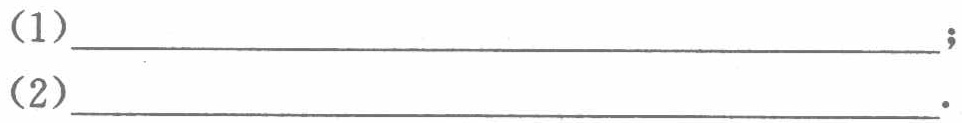
(1)\_\_\_\_\_\_\_\_\_\_\_\_\_\_\_\_\_\_\_\_\_\_\_\_\_\_\_\_\_\_\_\_\_\_\_\_\_\_\_\_\_\_\_\_\_\_\_\_\_\_\_\_\_\_\_\_\_\_\_\_\_\_\_\_\_\_\_\_\_\_\_\_\_\_\_\_\_\_\_\_\_\_\_\_\_\_\_\_\_\_\_\_\_\_\_\_\_\_\_\_\_\_\_\_\_\_\_\_\_\_\_\_\_\_\_\_\_\_\_\_\_\_\_\_\_\_\_\_\_\_\_\_\_\_\_\_\_\_\_\_\_\_\_\_\_\_\_\_\_\_\_\_\_\_\_\_\_\_\_\_\_\_\_\_\_\_\_\_\_\_\_\_\_\_\_\_\_\_\_\_\_\_\_\_\_\_\_\_\_\_\_\_\_\_\_\_\_\_\_\_\_\_\_\_\_\_\_\_\_\_\_\_\_\_\_\_\_\_\_\_\_\_\_\_\_\_\_\_\_\_\_\_\_\_\_\_\_\_\_\_\_\_\_\_\_\_\_\_\_\_\_\_\_\_\_\_\_\_\_\_\_\_\_\_\_\_\_\_\_\_\_\_\_\_\_\_\_\_\_\_\_\_\_\_\_\_\_\_\_\_\_\_\_\_\_\_\_\_\_\_\_\_\_\_\_\_\_\_\_\_\_\_\_\_\_\_\_\_\_\_\_\_\_\_\_\_\_\_\_\_\_\_\_\_\_\_\_\_\_\_\_\_\_\_\_\_\_\_\_\_\_\_\_\_\_\_\_\_\_\_\_\_\_\_\_\_\_\_\_\_\_\_\_\_\_\_\_\_\_\_\_\_\_\_\_\_\_\_\_\_\_\_\_\_\_\_\_\_\_\_\_\_\_\_\_\_\_\_\_\_\_\_\_\_\_\_\_\_\_\_\_\_\_\_\_\_\_\_\_\_\_\_\_\_\_\_\_\_\_\_\_\_\_\_\_\_\_\_\_\_\_\_\_\_\_\_\_\_\_\_\_\_\_\_\_\_\_\_\_\_\_\_\_\_\_\_\_\_\_\_\_\_\_\_\_\_\_\_\_\_\_\_\_\_\_\_\_\_\_\_\_\_\_\_\_\_\_\_\_\_\_\_\_\_\_\_\_\_\_\_\_\_\_\_\_\_\_\_\_\_\_\_\_\_\_\_\_\_\_\_\_\_\_\_\_\_\_\_\_\_\_\_\_\_\_\_\_\_\_\_\_\_\_\_\_\_\_\_\_\_\_\_\_\_\_\_\_\_\_\_\_\_\_\_\_\_\_\_\_\_\_\_\_\_\_\_\_\_\_\_\_\_\_\_\_\_\_\_\_\_\_\_\_\_\_\_\_\_\_\_\_\_\_\_\_\_\_\_\_\_\_\_\_\_\_\_\_\_\_\_\_\_\_\_\_\_\_\_\_\_\_\_\_\_\_\_\_\_\_\_\_\_\_\_\_\_\_\_\_\_\_\_\_\_\_\_\_\_\_\_\_\_\_\_\_\_\_\_\_\_\_\_\_\_\_\_\_\_\_\_\_\_\_\_\_\_\_\_\_\_\_\_\_\_\_\_\_\_\_\_\_\_\_\_\_\_\_\_\_\_\_\_\_\_\_\_\_\_\_\_\_\_\_\_\_\_\_\_\_\_\_\_\_\_\_\_\_\_\_\_\_\_\_\_\_\_\_\_\_\_\_\_\_\_\_\_\_\_\_\_\_\_\_\_\_\_\_\_\_\_\_\_\_\_\_\_\_\_\_\_\_\_\_\_\_\_\_\_\_\_\_\_\_\_\_\_\_\_\_\_\_\_\_\_\_\_\_\_\_\_\_\_\_\_\_\_\_\_\_\_\_\_\_\_\_\_\_\_\_\_\_\_\_\_\_\_\_\_\_\_\_\_\_\_\_\_\_\_\_\_\_\_\_\_\_\_\_\_\_\_\_\_\_\_\_\_\_\_\_\_\_\_\_\_\_\_\_\_\_\_\_\_\_\_\_\_\_\_\_\_\_\_\_\_\_\_\_\_\_\_\_\_\_\_\_\_\_\_\_\_\_\_\_\_\_\_\_\_\_\_\_\_\_\_\_\_\_\_\_\_\_\_\_\_\_\_\_\_\_\_\_\_\_\_\_\_\_\_\_\_\_\_\_\_\_\_\_\_\_\_\_\_\_\_\_\_\_\_\_\_\_\_\_\_\_\_\_\_\_\_\_\_\_\_\_\_\_\_\_\_\_\_\_\_\_\_\_\_\_\_\_\_\_\_\_\_\_\_\_\_\_\_\_\_\_\_\_\_\_\_\_\_\_\_\_\_\_\_\_\_\_\_\_\_\_\_\_\_\_\_\_\_\_\_\_\_\_\_\_\_\_\_\_\_\_\_\_\_\_\_\_\_\_\_\_\_\_\_\_\_\_\_\_\_\_\_\_\_\_\_\_\_\_\_\_\_\_\_\_\_\_\_\_\_\_\_\_\_\_\_\_\_\_\_\_\_\_\_\_\_\_\_\_\_\_\_\_\_\_\_\_\_\_\_\_\_\_\_\_\_\_\_\_\_\_\_\_\_\_\_\_\_\_\_\_\_\_\_\_\_\_\_\_\_\_\_\_\_\_\_\_\_\_\_\_\_\_\_\_\_\_\_\_\_\_\_\_\_\_\_\_\_\_\_\_\_\_\_\_\_\_\_\_\_\_\_\_\_\_\_\_\_\_\_\_\_\_\_\_\_\_\_\_\_\_\_\_\_\_\_\_\_\_\_\_\_\_\_\_\_\_\_\_\_\_\_\_\_\_\_\_\_\_\_\_\_\_\_\_\_\_\_\_\_\_\_\_\_\_\_\_\_\_\_\_\_\_\_\_\_\_\_\_\_\_\_\_\_\_\_\_\_\_\_\_\_\_\_\_\_\_\_\_\_\_\_\_\_\_\_\_\_\_\_\_\_\_\_\_\_\_\_\_\_\_\_\_\_\_\_\_\_\_\_\_\_\_\_\_\_\_\_\_\_\_\_\_\_\_\_\_\_\_\_\_\_\_\_\_\_\_\_\_\_\_\_\_\_\_\_\_\_\_\_\_\_\_\_\_\_\_\_\_\_\_\_\_\_\_\_\_\_\_\_\_\_\_\_\_\_\_\_\_\_\_\_\_\_\_\_\_\_\_\_\_\_\_\_\_\_\_\_\_\_\_\_\_\_\_\_\_\_\_\_\_\_\_\_\_\_\_\_\_\_\_\_\_\_\_\_\_\_\_\_\_\_\_\_\_\_\_\_\_\_\_\_\_\_\_\_\_\_\_\_\_\_\_\_\_\_\_\_\_\_\_\_\_\_\_\_\_\_\_\_\_\_\_\_\_\_\_\_\_\_\_\_\_\_\_\_\_\_\_\_\_\_\_\_\_\_\_\_\_\_\_\_\_\_\_\_\_\_\_\_\_\_\_\_\_\_\_\_\_\_\_\_\_\_\_\_\_\_\_\_\_\_\_\_\_\_\_\_\_\_\_\_\_\_\_\_\_\_\_\_\_\_\_\_\_\_\_\_\_\_\_\_\_\_\_\_\_\_\_\_\_\_\_\_\_\_\_\_\_\_\_\_\_\_\_\_\_\_\_\_\_\_\_\_\_\_\_\_\_\_\_\_\_\_\_\_\_\_\_\_\_\_\_\_\_\_\_\_\_\_\_\_\_\_\_\_\_\_\_\_\_\_\_\_\_\_\_\_\_\_\_\_\_\_\_\_\_\_\_\_\_\_\_\_\_\_\_\_\_\_\_\_\_\_\_\_\_\_\_\_\_\_\_\_\_\_\_\_\_\_\_\_\_\_\_\_\_\_\_\_\_\_\_\_\_\_\_\_\_\_\_\_\_\_\_\_\_\_\_\_\_\_\_\_\_\_\_\_\_\_\_\_\_\_\_\_\_\_\_\_\_\_\_\_\_\_\_\_\_\_\_\_\_\_\_\_\_\_\_\_\_\_\_\_\_\_\_\_\_\_\_\_\_\_\_\_\_\_\_\_\_\_\_\_\_\_\_\_\_\_\_\_\_\_\_\_\_\_\_\_\_\_\_\_\_\_\_\_\_\_\_\_\_\_\_\_\_\_\_\_\_\_\_\_\_\_\_\_\_\_\_\_\_\_\_\_\_\_\_\_\_\_\_\_\_\_\_\_\_\_\_\_\_\_\_\_\_\_\_\_\_\_\_\_\_\_\_\_\_\_\_\_\_\_\_\_\_\_\_\_\_\_\_\_\_\_\_\_\_\_\_\_\_\_\_\_\_\_\_\_\_\_\_\_\_\_\_\_\_\_\_\_\_\_\_\_\_\_\_\_\_\_\_\_\_\_\_\_\_\_\_\_\_\_\_\_\_\_\_\_\_\_\_\_\_\_\_\_\_\_\_\_\_\_\_\_\_\_\_\_\_\_\_\_\_\_\_\_\_\_\_\_\_\_\_\_\_\_\_\_\_\_\_\_\_\_\_\_\_\_\_\_\_\_\_\_\_\_\_\_\_\_\_\_\_\_\_\_\_\_\_\_\_\_\_\_\_\_\_\_\_\_\_\_\_\_\_\_\_\_\_\_\_\_\_\_\_\_\_\_\_\_\_\_\_\_\_\_\_\_\_\_\_\_\_\_\_\_\_\_\_\_\_\_\_\_\_\_\_\_\_\_\_\_\_\_\_\_\_\_\_\_\_\_\_\_\_\_\_\_\_\_\_\_\_\_\_\_\_\_\_\_\_\_\_\_\_\_\_\_\_\_\_\_\_\_\_\_\_\_\_\_\_\_\_\_\_\_\_\_\_\_\_\_\_\_\_\_\_\_\_\_\_\_\_\_\_\_\_\_\_\_\_\_\_\_\_\_\_\_\_\_\_\_\_\_\_\_\_\_\_\_\_\_\_\_\_\_\_\_\_\_\_\_\_\_\_\_\_\_\_\_\_\_\_\_\_\_\_\_\_\_\_\_\_\_\_\_\_\_\_\_\_\_\_\_\_\_\_\_\_\_\_\_\_\_\_\_\_\_\_\_\_\_\_\_\_\_\_\_\_\_\_\_\_\_\_\_\_\_\_\_\_\_\_\_\_\_\_\_\_\_\_\_\_\_\_\_\_\_\_\_\_\_\_\_\_\_\_\_\_\_\_\_\_\_\_\_\_\_\_\_\_\_\_\_\_\_\_\_\_\_\_\_\_\_\_\_\_\_\_\_\_\_\_\_\_\_\_\_\_\_\_\_\_\_\_\_\_\_\_\_\_\_\_\_\_\_\_\_\_\_\_\_\_\_\_\_\_\_\_\_\_\_\_\_\_\_\_\_\_\_\_\_\_\_\_\_\_\_\_\_\_\_\_\_\_\_\_\_\_\_\_\_\_\_\_\_\_\_\_\_\_\_\_\_\_\_\_\_\_\_\_\_\_\_\_\_\_\_\_\_\_\_\_\_\_\_\_\_\_\_\_\_\_\_\_\_\_\_\_\_\_\_\_\_\_\_\_\_\_\_\_\_\_\_\_\_\_\_\_\_\_\_\_\_\_\_\_\_\_\_\_\_\_\_\_\_\_\_\_\_\_\_\_\_\_\_\_\_\_\_\_\_\_\_\_\_\_\_\_\_\_\_\_\_\_\_\_\_\_\_\_\_\_\_\_\_\_\_\_\_\_\_\_\_\_\_\_\_\_\_\_\_\_\_\_\_\_\_\_\_\_\_\_\_\_\_\_\_\_\_\_\_\_\_\_\_\_\_\_\_\_\_\_\_\_\_\_\_\_\_\_\_\_\_\_\_\_\_\_\_\_\_\_\_\_\_\_\_\_\_\_\_\_\_\_\_\_\_\_\_\_\_\_\_\_\_\_\_\_\_\_\_\_\_\_\_\_\_\_\_\_\_\_\_\_\_\_\_\_\_\_\_\_\_\_\_\_\_\_\_\_\_\_\_\_\_\_\_\_\_\_\_\_\_\_\_\_\_\_\_\_\_\_\_\_\_\_\_\_\_\_\_\_\_\_\_\_\_\_\_\_\_\_\_\_\_\_\_\_\_\_\_\_\_\_\_\_\_\_\_\_\_\_\_\_\_\_\_\_\_\_\_\_\_\_\_\_\_\_\_\_\_\_\_\_\_\_\_\_\_\_\_\_\_\_\_\_\_\_\_\_\_\_\_\_\_\_\_\_\_\_\_\_\_\_\_\_\_\_\_\_\_\_\_\_\_\_\_\_\_\_\_\_\_\_\_\_\_\_\_\_\_\_\_\_\_\_\_\_\_\_\_\_\_\_\_\_\_\_\_\_\_\_\_\_\_\_\_\_\_\_\_\_\_\_\_\_\_\_\_\_\_\_\_\_\_\_\_\_\_\_\_\_\_\_\_\_\_\_\_\_\_\_\_\_\_\_\_\_\_\_\_\_\_\_\_\_\_\_\_\_\_\_\_\_\_\_\_\_\_\_\_\_\_\_\_\_\_\_\_\_\_\_\_\_\_\_\_\_\_\_\_\_\_\_\_\_\_\_\_\_\_\_\_\_\_\_\_\_\_\_\_\_\_\_\_\_\_\_\_\_\_\_\_\_\_\_\_\_\_\_\_\_\_\_\_\_\_\_\_\_\_\_\_\_\_\_\_\_\_\_\_\_\_\_\_\_\_\_\_\_\_\_\_\_\_\_\_\_\_\_\_\_\_\_\_\_\_\_\_\_\_\_\_\_\_\_\_\_\_\_\_\_\_\_\_\_\_\_\_\_\_\_\_\_\_\_\_\_\_\_\_\_\_\_\_\_\_\_\_\_\_\_\_\_\_\_\_\_\_\_\_\_\_\_\_\_\_\_\_\_\_\_\_\_\_\_\_\_\_\_\_\_\_\_\_\_\_\_\_\_\_\_\_\_\_\_\_\_\_\_\_\_\_\_\_\_\_\_\_\_\_\_\_\_\_\_\_\_\_\_\_\_\_\_\_\_\_\_\_\_\_\_\_\_\_\_\_\_\_\_\_\_\_\_\_\_\_\_\_\_\_\_\_\_\_\_\_\_\_\_\_\_\_\_\_\_\_\_\_\_\_\_\_\_\_\_\_\_\_\_\_\_\_\_\_\_\_\_\_\_\_\_\_\_\_\_\_\_\_\_\_\_\_\_\_\_\_\_\_\_\_\_\_\_\_\_\_\_\_\_\_\_\_\_\_\_\_\_\_\_\_\_\_\_\_\_\_\_\_\_\_\_\_\_\_\_\_\_\_\_\_\_\_\_\_\_\_\_\_\_\_\_\_\_\_\_\_\_\_\_\_\_\_\_\_\_\_\_\_\_\_\_\_\_\_\_\_\_\_\_\_\_\_\_\_\_\_\_\_\_\_\_\_\_\_\_\_\_\_\_\_\_\_\_\_\_\_\_\_\_\_\_\_\_\_\_\_\_\_\_\_\_\_\_\_\_\_\_\_\_\_\_\_\_\_\_\_\_\_\_\_\_\_\_\_\_\_\_\_\_\_\_\_\_\_\_\_\_\_\_\_\_\_\_\_\_\_\_\_\_\_\_\_\_\_\_\_\_\_\_\_\_\_\_\_\_\_\_\_\_\_\_\_\_\_\_\_\_\_\_\_\_\_\_\_\_\_\_\_\_\_\_\_\_\_\_\_\_\_\_\_\_\_\_\_\_\_\_\_\_\_\_\_\_\_\_\_\_\_\_\_\_\_\_\_\_\_\_\_\_\_\_\_\_\_\_\_\_\_\_\_\_\_\_\_\_\_\_\_\_\_\_\_\_\_\_\_\_\_\_\_\_\_\_\_\_\_\_\_\_\_\_\_\_\_\_\_\_\_\_\_\_\_\_\_\_\_\_\_\_\_\_\_\_\_\_\_\_\_\_\_\_\_\_\_\_\_\_\_\_\_\_\_\_\_\_\_\_\_\_\_\_\_\_\_\_\_\_\_\_\_\_\_\_\_\_\_\_\_\_\_\_\_\_\_\_\_\_\_\_\_\_\_\_\_\_\_\_\_\_\_\_\_\_\_\_\_\_\_\_\_\_\_\_\_\_\_\_\_\_\_\_\_\_\_\_\_\_\_\_\_\_\_\_\_\_\_\_\_\_\_\_\_\_\_\_\_\_\_\_\_\_\_\_\_\_\_\_\_\_\_\_\_\_\_\_\_\_\_\_\_\_\_\_\_\_\_\_\_\_\_\_\_\_\_\_\_\_\_\_\_\_\_\_\_\_\_\_\_\_\_\_\_\_\_\_\_\_\_\_\_\_\_\_\_\_\_\_\_\_\_\_\_\_\_\_\_\_\_\_\_\_\_\_\_\_\_\_\_\_\_\_\_\_\_\_\_\_\_\_\_\_\_\_\_\_\_\_\_\_\_\_\_\_\_\_\_\_\_\_\_\_\_\_\_\_\_\_\_\_\_\_\_\_\_\_\_\_\_\_\_\_\_\_\_\_\_\_\_\_\_\_\_\_\_\_\_\_\_\_\_\_\_\_\_\_\_\_\_\_\_\_\_\_\_\_\_\_\_\_\_\_\_\_\_\_\_\_\_\_\_\_\_\_\_\_\_\_\_\_\_\_\_\_\_\_\_\_\_\_\_\_\_\_\_\_\_\_\_\_\_\_\_\_\_\_\_\_\_\_\_\_\_\_\_\_\_\_\_\_\_\_\_\_\_\_\_\_\_\_\_\_\_\_\_\_\_\_\_\_\_\_\_\_\_\_\_\_\_\_\_\_\_\_\_\_\_\_\_\_\_\_\_\_\_\_\_\_\_\_\_\_\_\_\_\_\_\_\_\_\_\_\_\_\_\_\_\_\_\_\_\_\_\_\_\_\_\_\_\_\_\_\_\_\_\_\_\_\_\_\_\_\_\_\_\_\_\_\_\_\_\_\_\_\_\_\_\_\_\_\_\_\_\_\_\_\_\_\_\_\_\_\_\_\_\_\_\_\_\_\_\_\_\_\_\_\_\_\_\_\_\_\_\_\_\_\_\_\_\_\_\_\_\_\_\_\_\_\_\_\_\_\_\_\_\_\_\_\_\_\_\_\_\_\_\_\_\_\_\_\_\_\_\_\_\_\_\_\_\_\_\_\_\_\_\_\_\_\_\_\_\_\_\_\_\_\_\_\_\_\_\_\_\_\_\_\_\_\_\_\_\_\_\_\_\_